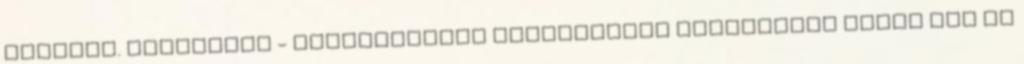
kellene. Területek - Szolgáltatás értékesítés Tapasztalt Adtam már el